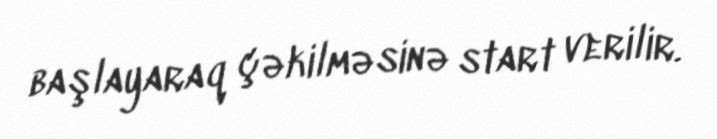
başlayaraq çəkilməsinə start verilir.